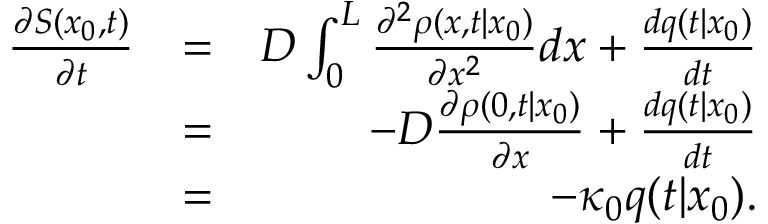
\begin{array} { r l r } { \frac { \partial S ( x _ { 0 } , t ) } { \partial t } } & { = } & { D \int _ { 0 } ^ { L } \frac { \partial ^ { 2 } \rho ( x , t | x _ { 0 } ) } { \partial x ^ { 2 } } d x + \frac { d q ( t | x _ { 0 } ) } { d t } } \\ & { = } & { - D \frac { \partial \rho ( 0 , t | x _ { 0 } ) } { \partial x } + \frac { d q ( t | x _ { 0 } ) } { d t } } \\ & { = } & { - \kappa _ { 0 } q ( t | x _ { 0 } ) . } \end{array}